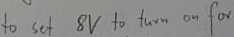
Text: to set 8V to turn on for